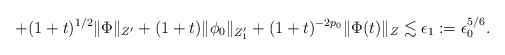
LaTeX: \begin{align*}+ (1 + t )^{1/2} \| \Phi\|_{Z'} + (1+t ) \| \phi_{0}\|_{Z'_{1}} + (1+t)^{-2p_0}\| \Phi(t)\|_{Z} \lesssim \epsilon_{1}:= \epsilon_0^{5/6}.\end{align*}